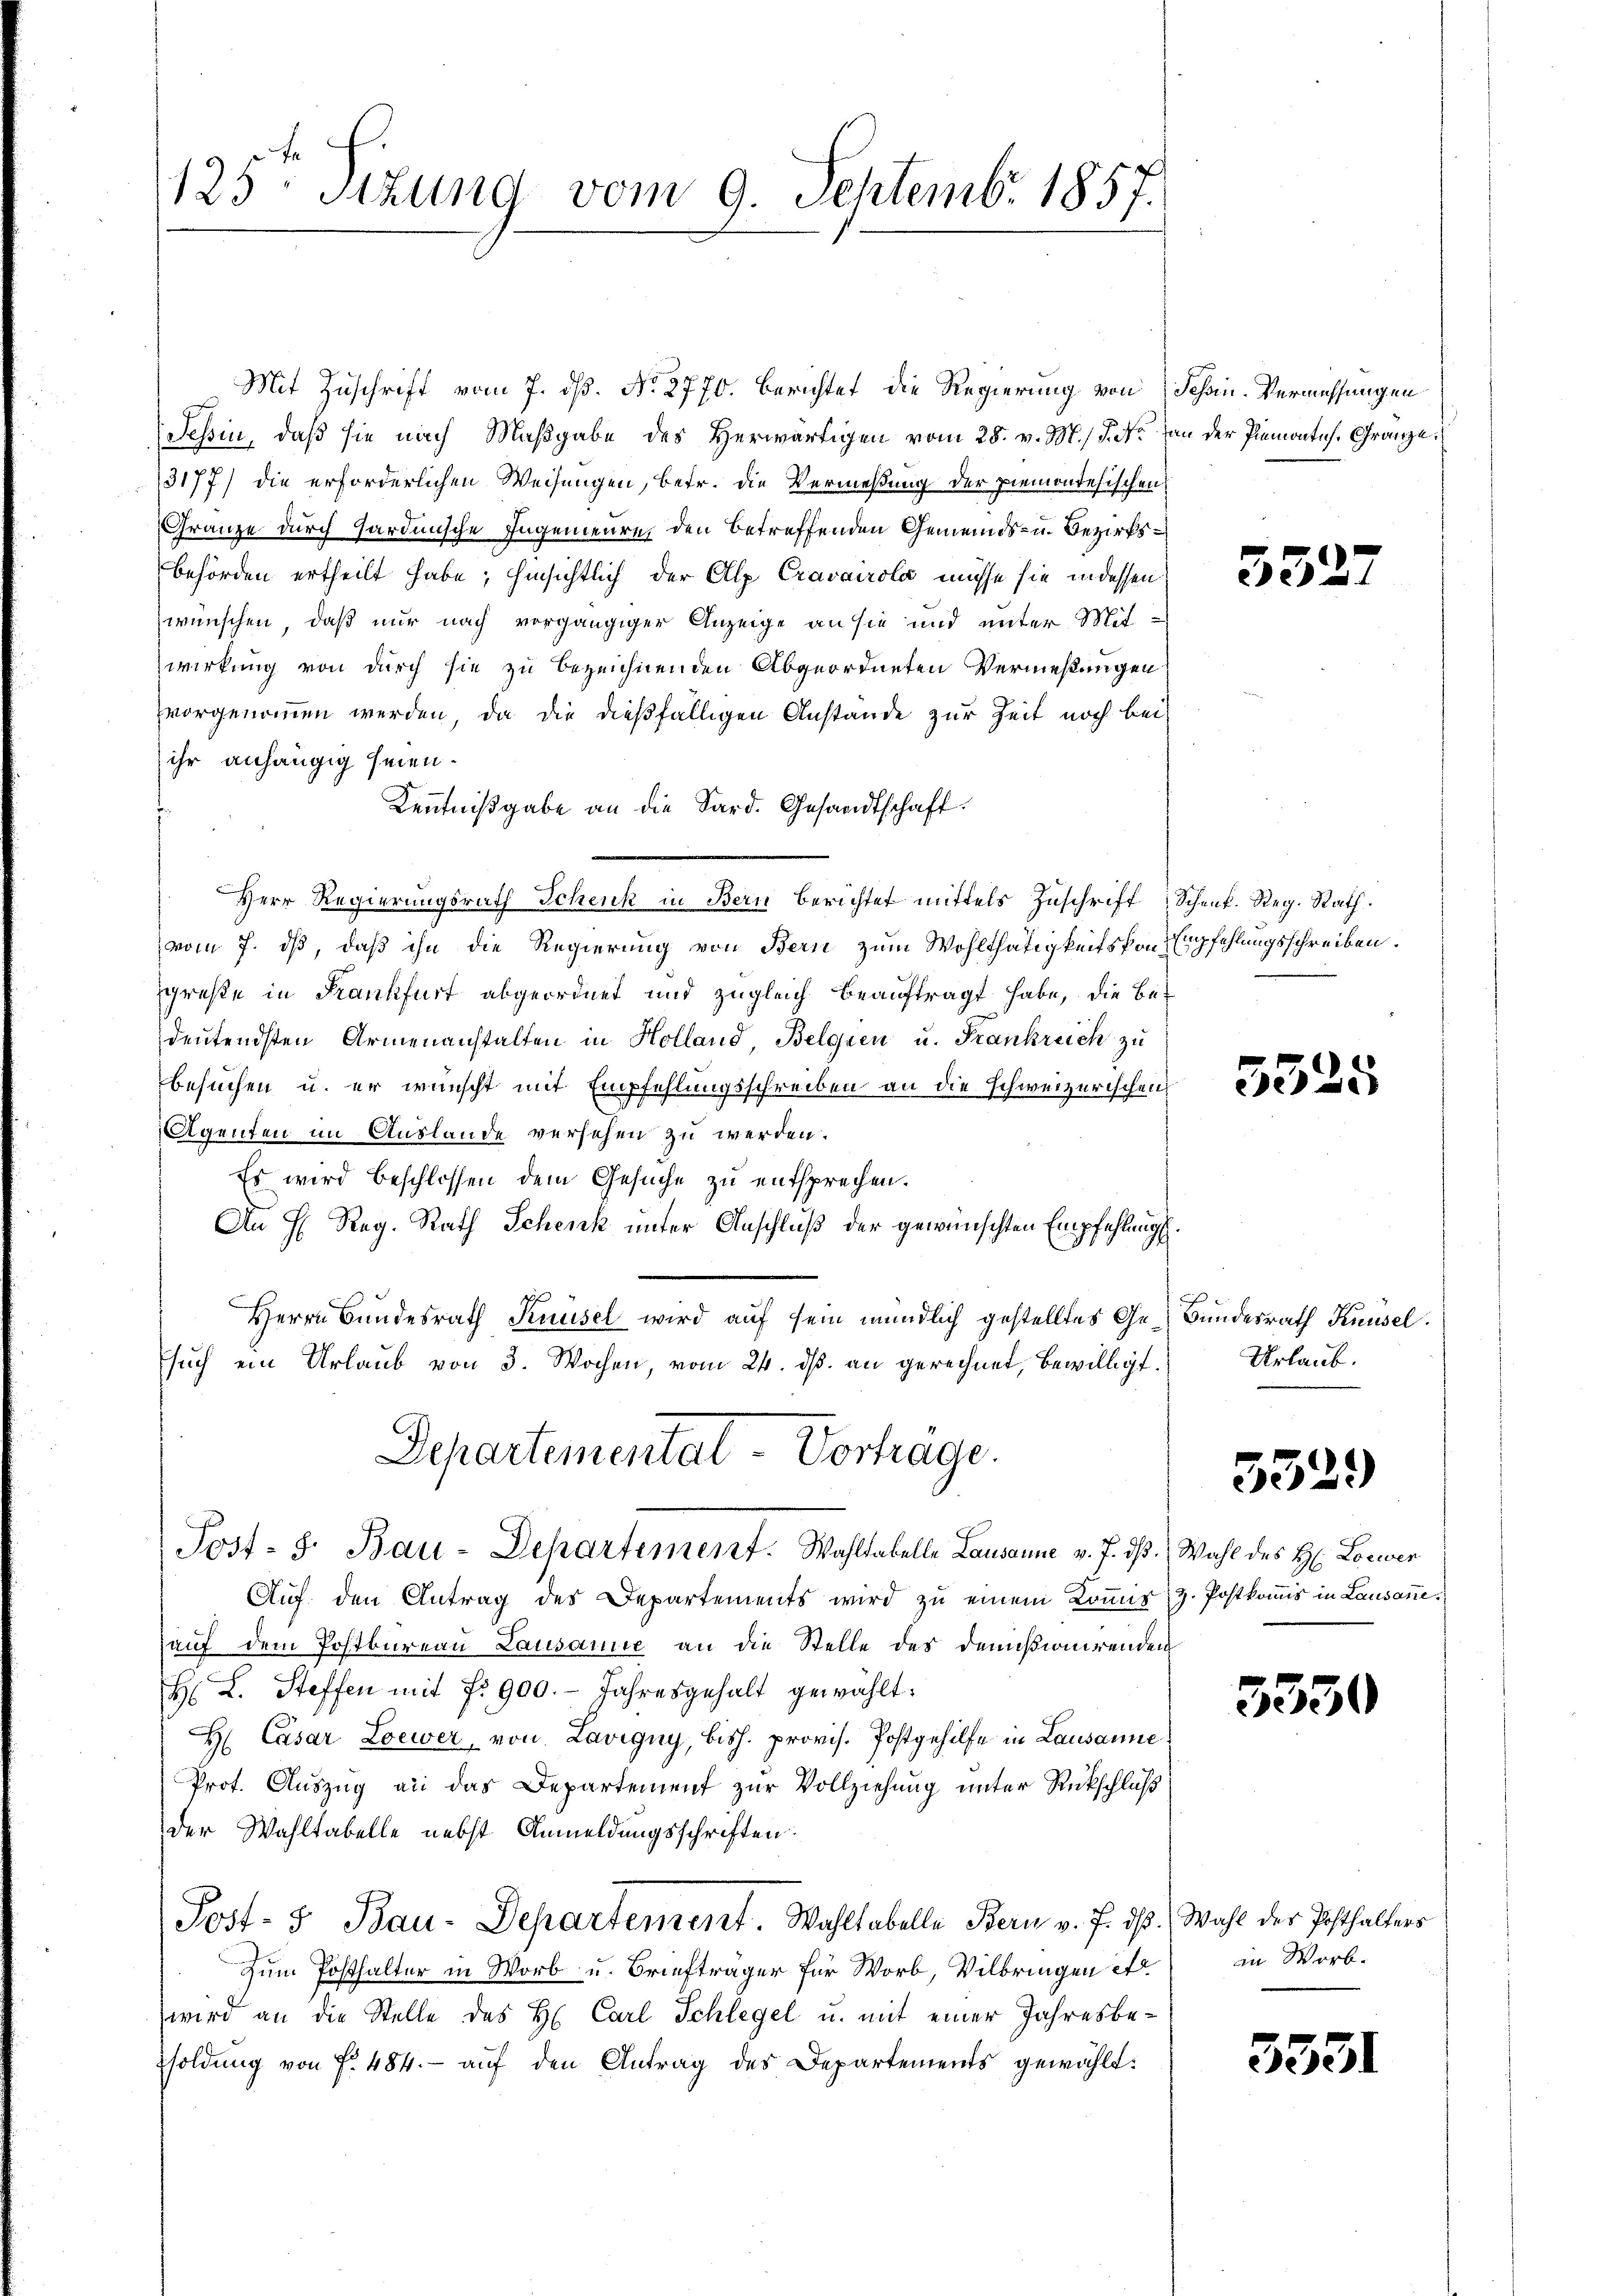
Mit Zuschrift vom 7. ds. No. 2770. Berichtet die Regierung von Schin. Vermessungen
Tessin, daβ sie nach Maβgabe des herwärtigen vom 28. v. M., S. Nr. an der Piemontes. Gränze
3177) die erforderlichen Weisungen, betr. die Vermeßung der Piemontesischen
Gränze durch Hardunsche Ingenieure, den betreffenden Gemeinds- u. Bezirksbehörden ertheilt habe; hinsichtlich der Alp Cravairola müsse sie in dessen
wünschen, daß nur nach vorgängiger Anzeige an sie und unter Mit-
wirkung von durch sie zu bezeichnenden Abgeordneten Vermessungen
vorgenommen werden, da die dießfälligen Anstande zur Zeit noch bei
ihr anhängig seien.
Kenntnißgabe an die Sard. Gesandtschaft.
Herr Regierungsrath Schenk in Bern berichtet mittels Zuschrift Schenk. Reg. Rath.
(vom 7. ds, daß ihn die Regierung von Bern zum Wohlthätigkeits von Empfehlungsschreiben.
große in Frankfurt abgeordnet und zugleich beauftragt habe, die Be-
deŭtendsten Armenanstalten in Holland, Belgien u. Frankreich zu
besuchen u. er wünscht mit Empfehlungsschreiben an die schweizerischen,
Agenten im Auslande versehen zu werden.
Es wird beschlossen dem Gesuche zu entsprechen.
An H. Reg. Rath Schenk unter Anschluß der gewünschten Empfehlungs¬
Herrn Bundesrath Kruusel wird auf sein mündlich gestelltes Ge-Bundesrath Knüsel.
such ein Urlaub von 3. Wochen, vom 24. dß. an gerechnet, bewilligt.

125 Stzung vom 9. Septemb. 1857.

Departementat- Vortrage.
Jost- 5. Bau-Departement. Wahltabelle Lausanne v. J. ds. Wahl des H. Lorwer

Auf den Antrag des Departements wird zu einem Kommis, z. Postkomis in Lausanne.
auf dem Postbureau Lausanne an die Stelle des Demisionirenden
H. L. Steffen mit fr. 900.- Jahresgehalt gewählt:
H: Casar Loewer, von Lavigny, bish. provis. Postgehilfe in Lausanne
Prot. Auszug an das Departement zur Vollziehung unter Rückschluß
der Wahltabelle nebst Anmeldungsschriften.
Post- & Bau-Departement. Wahltabelle Bern v. J. dβ. Wahl der Posthalters
Zum Posthalter in Worb u. Briefträger für Worb, Vilbringen etc
wird an die Stelle des H. Carl Schlegel u. mit einer Jahresbepsoldung von f. 484. aŭf den Antrag des Departements gewählt:

552.

5325

Urlaub.

5329

3350

in Worb.

3331